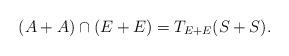
LaTeX: \begin{align*}(A+A)\cap (E+E) = T_{E+E}(S+S).\end{align*}